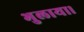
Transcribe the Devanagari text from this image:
भुलाया।